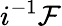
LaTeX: i^{-1}{\mathcal{F}}